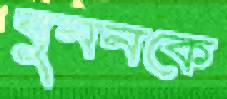
বুননকে